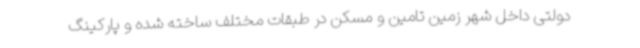
دولتی داخل شهر زمین تامین و مسکن در طبقات مختلف ساخته شده و پارکینگ